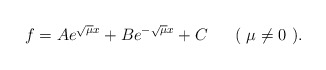
\begin{align*}f=A e^{\sqrt{\mu}x}+B e^{- \sqrt{ \mu}x}+C\mbox{\ \ \ \ \ ( $\mu\not= 0$ ).}\end{align*}